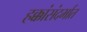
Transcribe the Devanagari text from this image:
हक्कांसंदर्भात